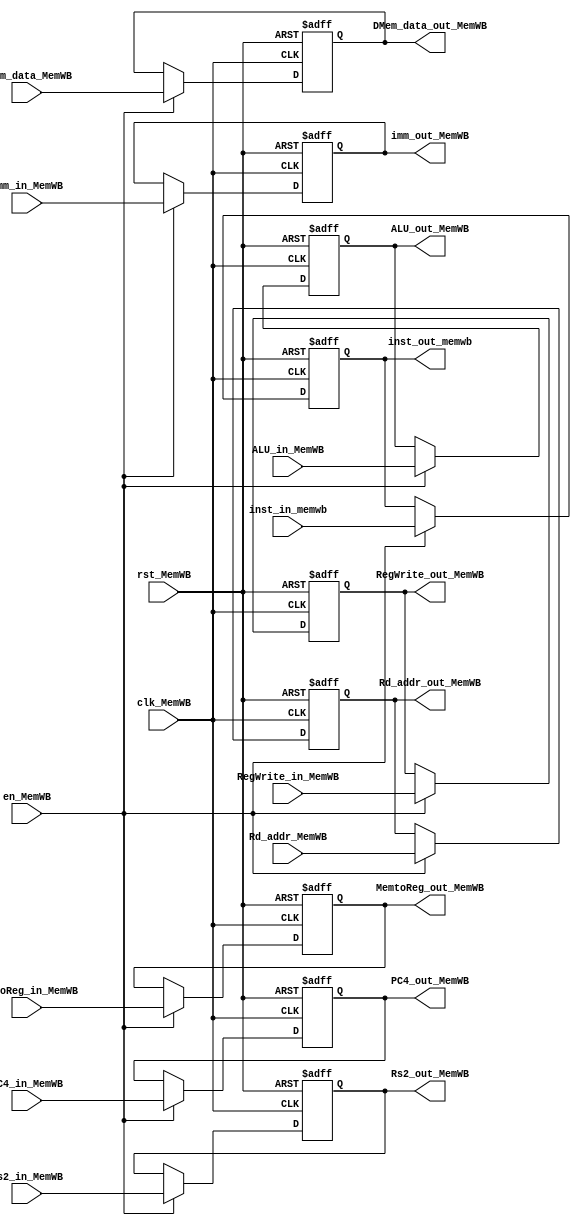
module Mem_reg_WB(
  input clk_MemWB,
  input rst_MemWB,
  input en_MemWB,
  input [31:0]PC4_in_MemWB,
  input [4:0]Rd_addr_MemWB,
  input [31:0]ALU_in_MemWB,
  input [31:0]DMem_data_MemWB,
  input [31:0]imm_in_MemWB,
  input [31:0]Rs2_in_MemWB,
  input [1:0]MemtoReg_in_MemWB,
  input RegWrite_in_MemWB,
  input [31:0] inst_in_memwb,
  output reg [31:0]PC4_out_MemWB,
  output reg [4:0]Rd_addr_out_MemWB,
  output reg [31:0]ALU_out_MemWB,
  output reg [31:0]DMem_data_out_MemWB,
  output reg [1:0]MemtoReg_out_MemWB,
  output reg RegWrite_out_MemWB,
  output reg [31:0] imm_out_MemWB,
  output reg [31:0] Rs2_out_MemWB,
  output reg [31:0] inst_out_memwb
//  output wire [31:0] wt_data_exmem
  );
  
  always@(posedge clk_MemWB or posedge rst_MemWB)begin
    if(rst_MemWB == 1)begin
      PC4_out_MemWB <= 0;
      Rd_addr_out_MemWB <= 0;
      ALU_out_MemWB <= 0;
      DMem_data_out_MemWB <= 0;
      MemtoReg_out_MemWB <= 0;
      RegWrite_out_MemWB <= 0;
      imm_out_MemWB <= 0;
      Rs2_out_MemWB <= 0;
      inst_out_memwb <= 0;
    end else if(en_MemWB == 0)begin
      PC4_out_MemWB <= PC4_out_MemWB;
      Rd_addr_out_MemWB <= Rd_addr_out_MemWB;
      ALU_out_MemWB <= ALU_out_MemWB;
      DMem_data_out_MemWB <= DMem_data_out_MemWB;
      MemtoReg_out_MemWB <= MemtoReg_out_MemWB;
      RegWrite_out_MemWB <= RegWrite_out_MemWB;
      imm_out_MemWB <= imm_out_MemWB;
      Rs2_out_MemWB <= Rs2_out_MemWB;
      inst_out_memwb <= inst_out_memwb;
    end else begin
      PC4_out_MemWB <= PC4_in_MemWB;
      Rd_addr_out_MemWB <= Rd_addr_MemWB;
      ALU_out_MemWB <= ALU_in_MemWB;
      DMem_data_out_MemWB <= DMem_data_MemWB;
      MemtoReg_out_MemWB <= MemtoReg_in_MemWB;
      RegWrite_out_MemWB <= RegWrite_in_MemWB;
      imm_out_MemWB <= imm_in_MemWB;
      Rs2_out_MemWB <= Rs2_in_MemWB;
      inst_out_memwb <= inst_in_memwb;
    end
  end
endmodule